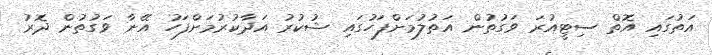
އަތުގައި އޮތް ސިޓީއުރަ ވަގުތުން އަތުލުމަށްފަހުގައި ޝުކުރު އަދާކުރުމަށްފަހު އޭނާ ވަގުތުން ދޮރު